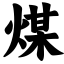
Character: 煤